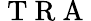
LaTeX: \mathrm{~T~R~A~}